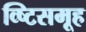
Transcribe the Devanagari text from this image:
व्ष्टिसमूह